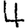
Digit: 4